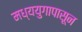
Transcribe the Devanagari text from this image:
मध्ययुगापासून